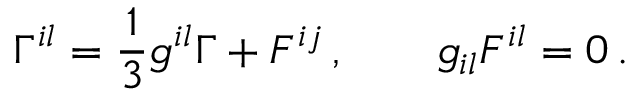
\Gamma ^ { i l } = \frac 1 3 g ^ { i l } \Gamma + F ^ { i j } \, , \qquad g _ { i l } F ^ { i l } = 0 \, .